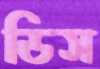
ডিস